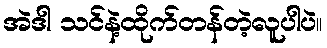
အဲဒါ သင်နဲ့ထိုက်တန်တဲ့လူပါပဲ။